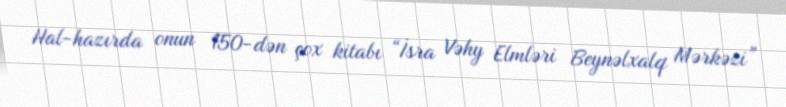
Hal-hazırda onun 150-dən çox kitabı “İsra Vəhy Elmləri Beynəlxalq Mərkəzi”